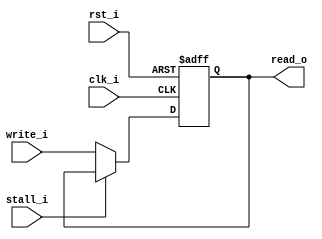
module DFFs (
  input   clk_i,
  input   rst_i,
  input   stall_i,
  input      [SIZE - 1:0] write_i,
  output reg [SIZE - 1:0] read_o
);

parameter SIZE = 1;

always@(posedge clk_i or negedge rst_i) begin
  if(~rst_i)
    read_o <= 0;
  else if(stall_i)
    read_o <= read_o;
  else
    read_o <= write_i;
end

endmodule